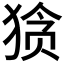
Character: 𰡘